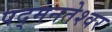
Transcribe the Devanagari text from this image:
पद्मनतेश्वर